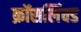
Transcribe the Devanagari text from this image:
क्रॉसलिंक्ड